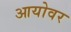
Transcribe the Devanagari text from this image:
आयोवर